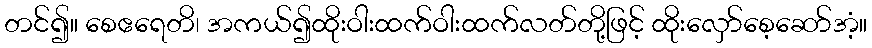
တင်၍။ စေဧရေတိ၊ အကယ်၍ထိုးဝါးထက်ဝါးထက်လတ်တို့ဖြင့် ထိုးလှော်စေ့ဆော်အံ့။